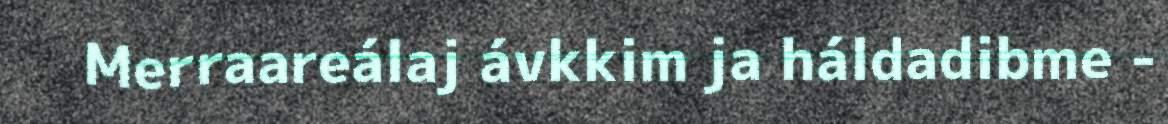
Merraareálaj ávkkim ja háldadibme -